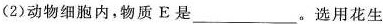
(2)动物细胞内，物质E是___。选用花生